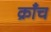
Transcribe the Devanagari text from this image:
क्राँच